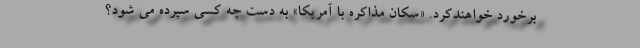
برخورد خواهندکرد. «سکان مذاکره با آمریکا» به دست چه کسی سپرده می شود؟